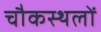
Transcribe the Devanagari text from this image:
चौकस्थलों